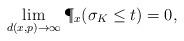
LaTeX: \begin{align*}\lim_{d(x,p)\to\infty}\P_x(\sigma_K\leq t)=0,\end{align*}